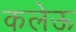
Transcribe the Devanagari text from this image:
कलेऊ